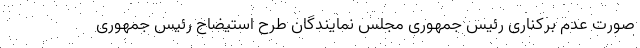
صورت عدم برکناری رئیس جمهوری مجلس نمایندگان طرح استیضاح رئیس جمهوری